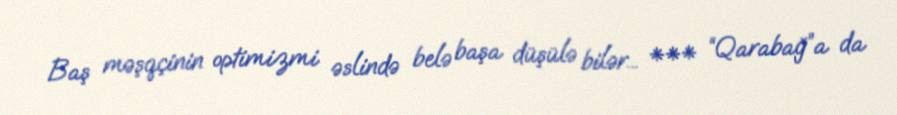
Baş məşqçinin optimizmi əslində belə başa düşülə bilər... *** “Qarabağ”a da